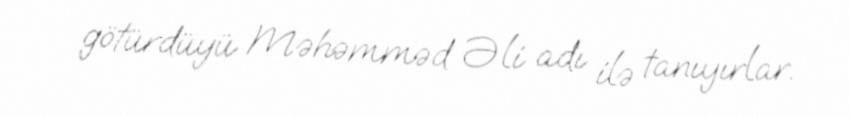
götürdüyü Məhəmməd Əli adı ilə tanıyırlar.